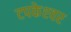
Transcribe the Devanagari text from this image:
टपकेश्‍वर